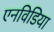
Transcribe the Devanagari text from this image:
एनविडिया